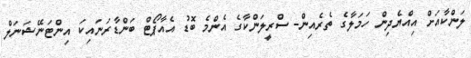
ލަންކާއަށް އިއްޔެދިން ހަމަލާގެ ތެރެއިން- ސްރީލަންކާގެ އެންމެ ބޮޑު އެއާޕޯޓް ބަންޑާރަނައިކަ އިންޓަނޭޝަނަލް